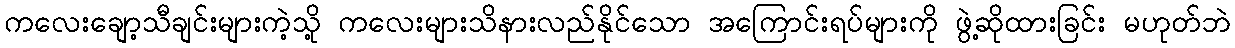
ကလေးချော့သီချင်းများကဲ့သို့ ကလေးများသိနားလည်နိုင်သော အကြောင်းရပ်များကို ဖွဲ့ဆိုထားခြင်း မဟုတ်ဘဲ